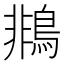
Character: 𪂞